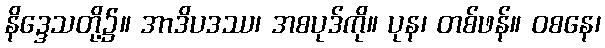
နိဒ္ဒေသတို့၌။ အာဒိပဒဿ၊ အစပုဒ်ကို။ ပုန၊ တစ်ဖန်။ ဝစနေ၊